Report on the working of the Ranchi Indian Mental Hospital, Kanke, in Bihar and Orissa - 1930-1940
Year: 1930
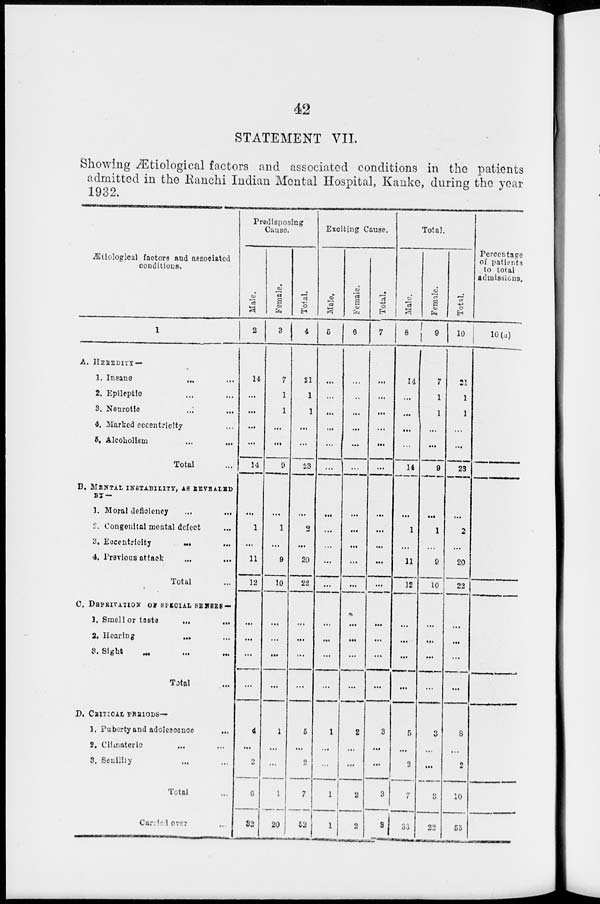
42
STATEMENT VII.
Showing Ætiological factors and associated conditions in the patients
admitted in the Ranchi Indian Mental Hospital, Kanke, during the year
1932.
Ætiological factors and associated
conditions.
1
A. HEREDITY —
1. Insane ... ...
2. Epileptic ... ...
3. Neurotic
...
...
4. Marked eccentricity ...
5, Alcoholism ... ...
Total ...
B. MENTAL INSTABILITY, AS REVEALED
BY–
1. Moral deficiency ... ...
2. Congenital mental defect ...
3. Eccentricity
...
...
4. Previous attack
...
...
Total ...
C. DEPRIVATION OF SPECIAL SENSES —
1. Smell or taste ... ...
3. Hearing ... ...
3. Sight ... ... ...
Total ...
D. CRITICAL PERIODS—
1. Puberty and adolescence ...
2. Climateric ... ...
3. Senility ... ...
Total ...
Carried over
...
Predisposing
Cause.
Male.
2
14
...
...
...
...
14
...
1
...
11
12
...
...
...
...
4
...
2
6
32
Female.
3
7
1
1
...
...
9
...
1
...
9
10
...
...
...
...
1
...
...
1
20
Total.
4
31
1
1
...
...
23
...
2
...
20
22
...
...
...
...
5
...
2
7
52
Exciting Cause.
Male.
5
...
...
...
...
...
...
...
...
...
...
...
...
...
...
...
1
...
...
1
1
Female.
6
...
...
...
...
...
...
...
...
...
...
...
...
...
...
...
2
...
...
2
2
Total.
7
...
...
...
...
...
...
...
...
...
...
...
...
...
...
...
3
...
...
3
3
Total.
Male.
8
14
...
...
...
...
14
...
1
...
11
12
...
...
...
...
5
...
2
7
33
Female.
9
7
1
1
...
...
0
...
1
...
0
10
...
...
...
...
3
...
...
3
22
Total.
10
21
1
1
...
...
23
...
2
...
20
22
...
...
...
...
8
...
2
10
55
Percentage
of patients
to total
admissions.
10(a)